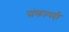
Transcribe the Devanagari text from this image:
संकल्पही